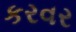
કરવર